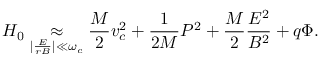
H _ { 0 } \underset { | \frac { E } { r B } | \ll \omega _ { c } } { \approx } \frac { M } { 2 } v _ { c } ^ { 2 } + \frac { 1 } { 2 M } P ^ { 2 } + \frac { M } { 2 } \frac { E ^ { 2 } } { B ^ { 2 } } + q \Phi .